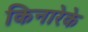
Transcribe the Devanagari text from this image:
किनारेके